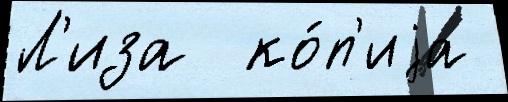
Л'иза  ко́п'иjа